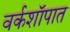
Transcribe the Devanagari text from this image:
वर्कशॉपात